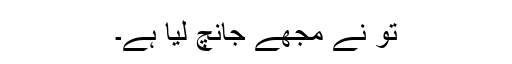
تُو نے مجھے جانچ لیا ہے۔